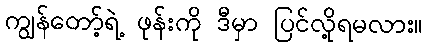
ကျွန်တော့်ရဲ့ ဖုန်းကို ဒီမှာ ပြင်လို့ရမလား။